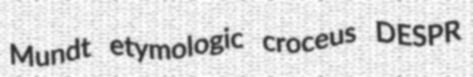
Mundt etymologic croceus DESPR